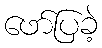
ဖော်ပြခဲ့